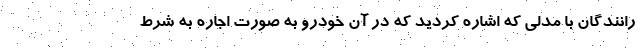
رانندگان با مدلی که اشاره کردید که در آن خودرو به صورت اجاره به شرط